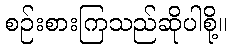
စဉ်းစားကြသည်ဆိုပါစို့။